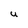
Character: U